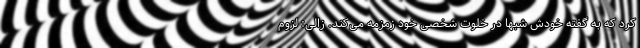
کرد که به گفته خودش شبها در خلوت شخصی خود زمزمه می‌کند. زالی: لزوم